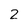
Character: 2